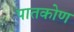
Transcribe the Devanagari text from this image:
पातकोण